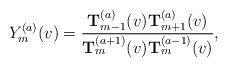
LaTeX: \begin{align*}Y^{(a)}_m(v)= \frac{{\mathbf T}^{(a)}_{m-1}(v) {\mathbf T}^{(a)}_{m+1}(v)}{ {\mathbf T}^{(a+1)}_m(v) {\mathbf T}^{(a-1)}_m(v)},\end{align*}